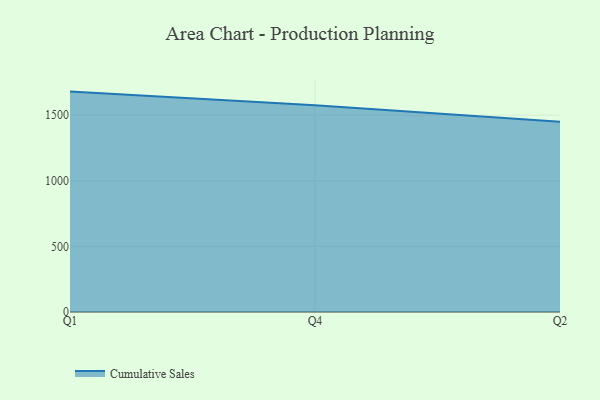
{"axis": {"x": "Quarter", "y": "Budget (USD K)"}, "legend": ["Cumulative Sales"], "data": [{"x": "Q1", "y": 1679.6, "type": "Cumulative Sales"}, {"x": "Q4", "y": 1575.3, "type": "Cumulative Sales"}, {"x": "Q2", "y": 1449.0, "type": "Cumulative Sales"}]}